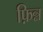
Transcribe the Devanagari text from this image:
फ़िन्न